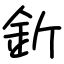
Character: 釿